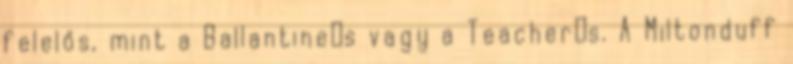
felelős, mint a Ballantines vagy a Teachers. A Miltonduff